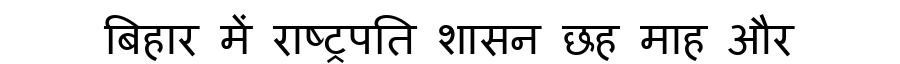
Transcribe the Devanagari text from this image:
बिहार में राष्ट्रपति शासन छह माह और